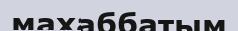
махаббатым